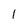
Character: 1